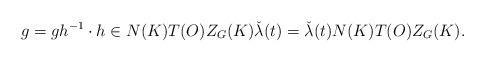
LaTeX: \begin{align*}g = gh^{-1}\cdot h \in N(K)T(O)Z_G(K) \check{\lambda}(t) = \check{\lambda}(t)N(K)T(O)Z_G(K).\end{align*}